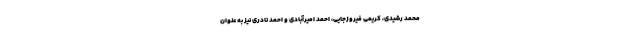
محمد رشیدی، کریمی فیروزجایی، احمد امیرآبادی و احمد نادری نیز به عنوان